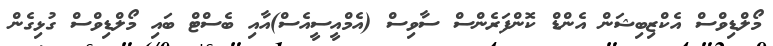
މޯލްޑިވްސް އެކްޒިބިޝަން އެންޑް ކޮންފަރެންސް ސާވިސް (އެމްއީސީއެސް)އާއި ބެސްޓް ބައި މޯލްޑިވްސް ގުޅިގެން